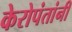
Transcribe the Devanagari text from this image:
केरोपंतांनी